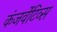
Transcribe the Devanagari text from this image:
कंजर्वेटिव्स